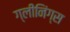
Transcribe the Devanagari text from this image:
ग्लीनिंग्स